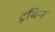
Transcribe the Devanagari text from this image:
टूबिन